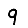
Digit: 9